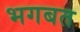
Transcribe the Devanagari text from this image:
भगबत